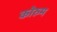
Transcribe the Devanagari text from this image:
कोरुम